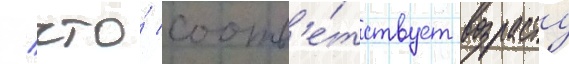
/ что́ соотв'е́тствует возрасту